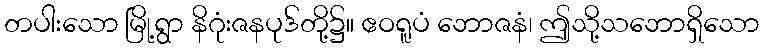
တပါးသော မြို့ရွာ နိဂုံးဇနပုဒ်တို့၌။ ဧဝရူပံ ဘောဇနံ၊ ဤသို့သဘောရှိသော